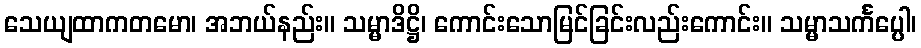
သေယျထာကတမော၊ အဘယ်နည်း။ သမ္မာဒိဋ္ဌိ၊ ကောင်းသောမြင်ခြင်းလည်းကောင်း။ သမ္မာသင်္ကပ္ပေါ၊